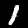
Digit: 1